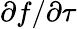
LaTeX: \partial f/\partial\tau